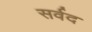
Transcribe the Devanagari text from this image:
सर्वद